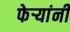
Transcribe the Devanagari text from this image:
फेऱ्यांनी